Juri_Uluots, lk 9
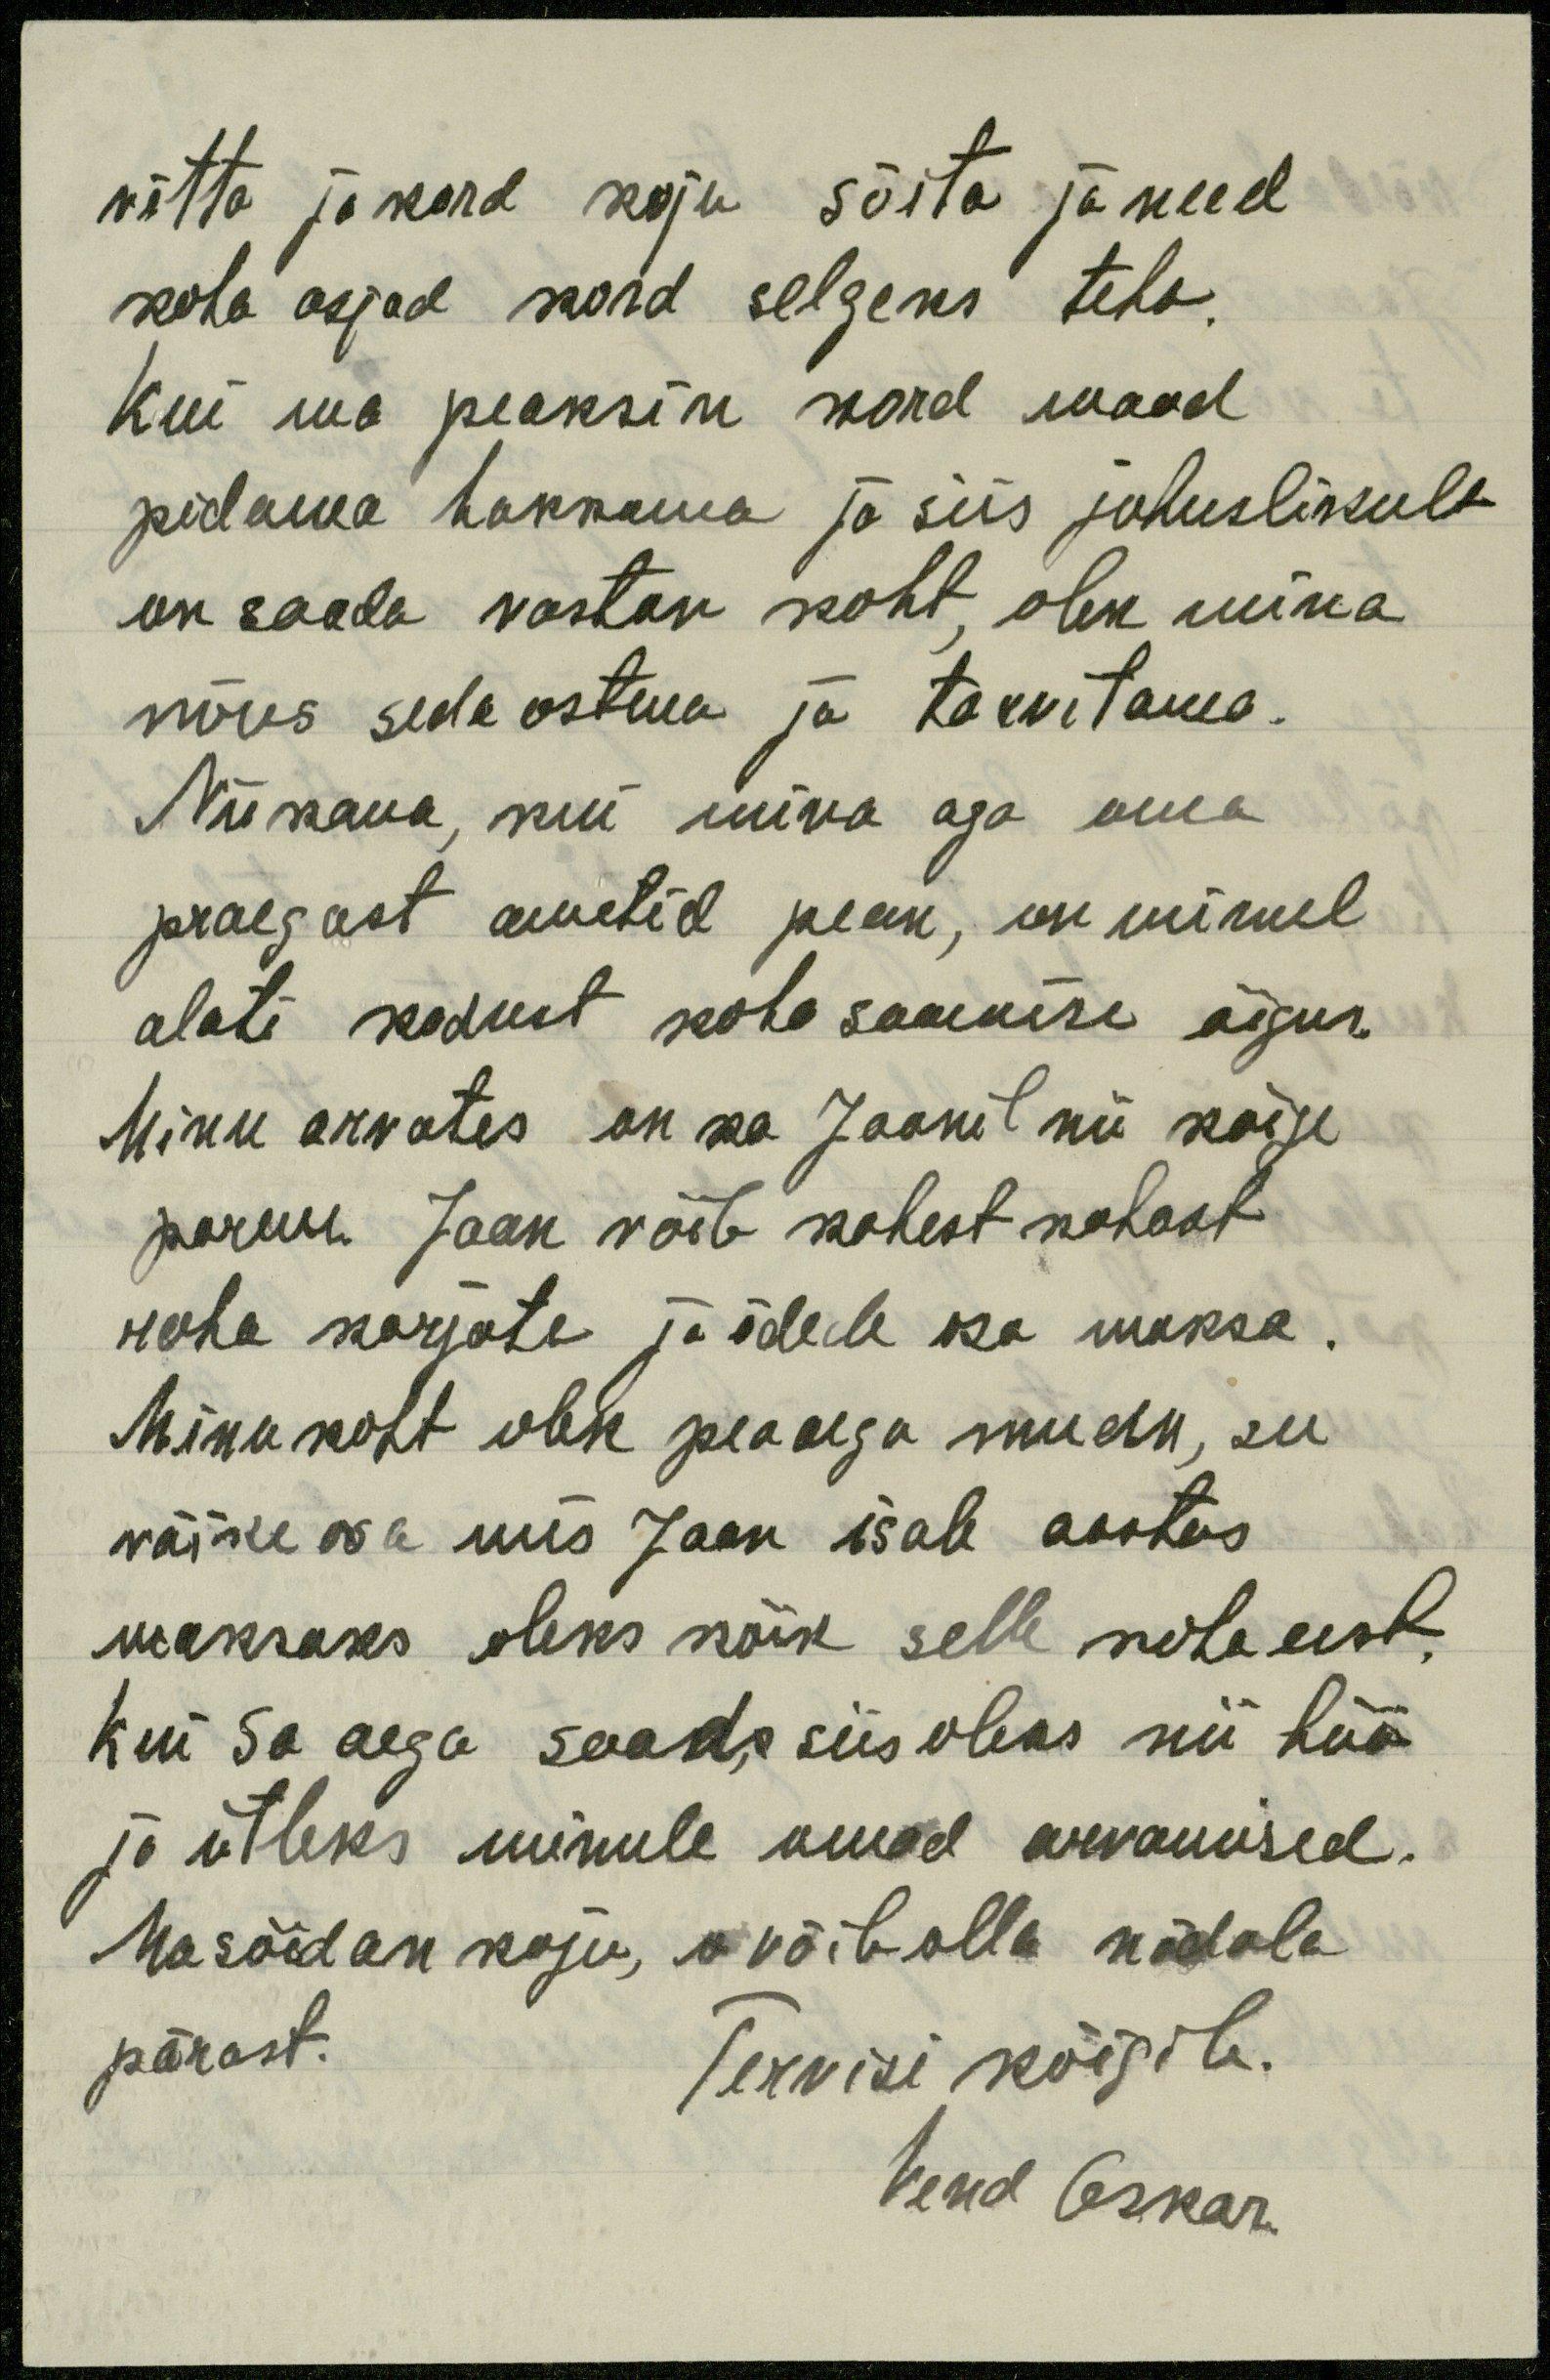
võtta ja kord koju sõita ja need
koha asjad kord selgeks teha.
Kui ma peaksin kord maad
pidama hakkama ja siis juhuslikult
on saada vastav koht, olen mina
nõus seda ostma ja tarvitama.
Nii kaua, kui mina aga oma
praegast ametid pean, on minul
alati kodust koha saamise õigus.
Minu arvates on ka Jaanil nii kõige
parem. Jaan võib kahest kohast
raha korjata ja õdede osa maksa.
Minu koht olek peaaega mu elu, see
väike osa mis Jaan isale aastas
maksaks oleks kõik selle koha eest.
Kui Sa aega saad, siis oleks nii hää
ja ütleks minule omad arvamised.
Ma sõidan koju, võibolla nädala
pärast
Tervisi kõigile.
Vend Oskar.